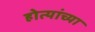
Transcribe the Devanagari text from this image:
होत्यांच्या